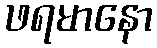
ဖရမာနော